画像に写った文字を読んでください
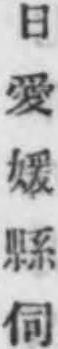
「日愛媛縣伺」と書いてあります